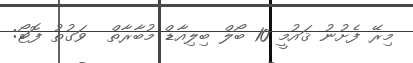
މިރޭ ފެށުނު ޤައުމީ 10 ބޯލް ބިލިއާޑް މުބާރާތް  ވަގުތު ފޮޓޯ: